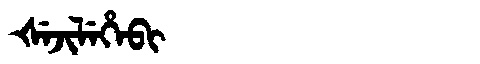
Manchu: ᡧᡝᠵᡳᠯᡝᡥᡝᠪᡳ
Romanization: ŠEJILEHEBI